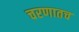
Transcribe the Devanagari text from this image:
चरणातच